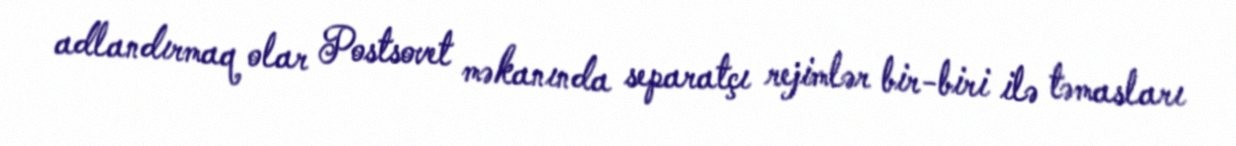
adlandırmaq olar Postsovet məkanında separatçı rejimlər bir-biri ilə təmasları